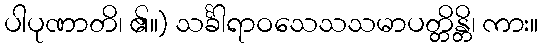
ပါပုဏာတိ၊ ၏။) သင်္ခါရာဝသေသသမာပတ္တိန္တိ၊ ကား။